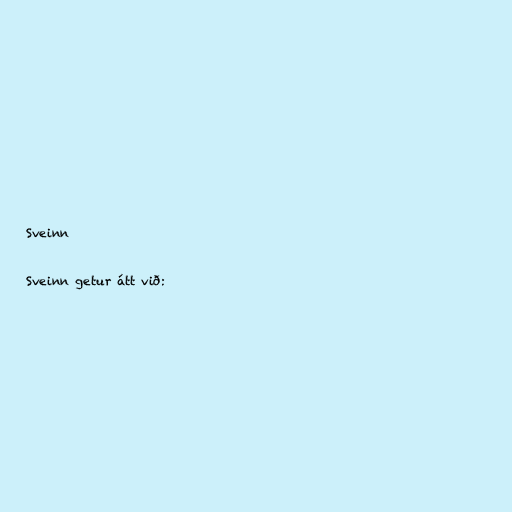
Sveinn

Sveinn getur átt við: